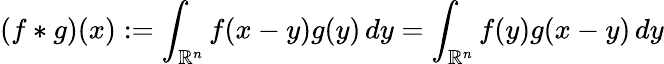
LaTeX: (f\ast g)(x):=\int_{\mathbb{R}^{n}}f(x-y)g(y)\, dy=\int_{\mathbb{R}^{n}}f(y)g(x-y)\, dy